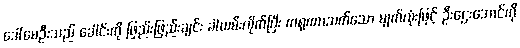
ဒေါ်မေဦးသည် ခေါင်းကို ဖြည်းဖြည်းချင်း ခါယမ်းလိုက်ပြီး ကရုဏာသက်သော မျက်လုံးဖြင့် ဦးဌေးအောင်ကို